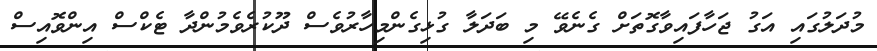
މުދަލުގައި އަގު ޖަހާފައިވާގޮތަށް ގެނެވޭ މި ބަދަލާ ގުޅިގެންމިހާރުވެސް ދޫކުރެވެމުންދާ ޓެކްސް އިންވޮއިސް